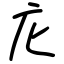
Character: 庀